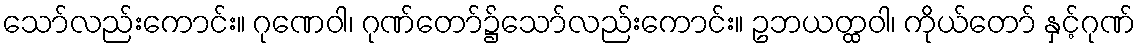
သော်လည်းကောင်း။ ဂုဏေဝါ၊ ဂုဏ်တော်၌သော်လည်းကောင်း။ ဥဘယတ္ထဝါ၊ ကိုယ်တော် နှင့်ဂုဏ်